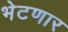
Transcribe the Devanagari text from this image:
भेटणार